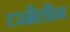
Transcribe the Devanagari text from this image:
टरमैलीन